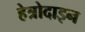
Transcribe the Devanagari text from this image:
हेत्रोदाइन